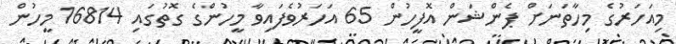
މިއަހަރުގެ މިހާތަނަށް ޕެންޝަން އޮފީހުން 65 އަހަރުވެފައިވާ މީހުންގެ ގޮތުގައި 16814 މީހުން